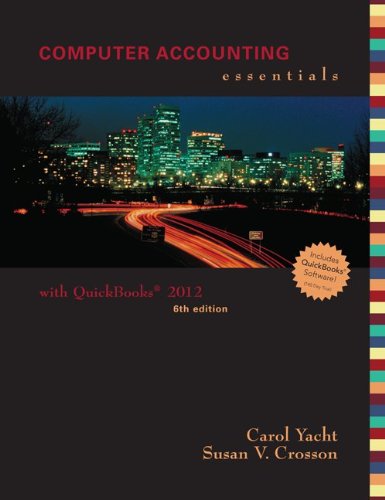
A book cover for Computer Accounting Essentials Using Quickbooks Pro 2012 with CD; Carol Yacht; Computers & Technology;